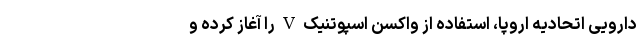
دارویی اتحادیه اروپا، استفاده از واکسن اسپوتنیک V را آغاز کرده و